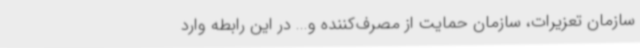
سازمان تعزیرات، سازمان حمایت از مصرف‌کننده و... در این رابطه وارد